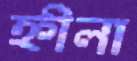
হ্নীলা